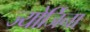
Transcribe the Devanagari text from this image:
ज्योर्जिना